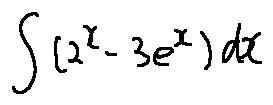
\int ( 2 ^ { x } - 3 e ^ { x } ) d x